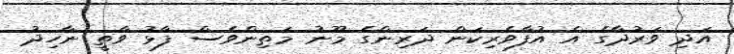
އަދި ވަރުދާގެ އެ އުފާވެރިކަން ދަރިންގެ މޫނު މަތިންވެސް ފާޅު ވާތީ ނާހިދު